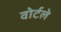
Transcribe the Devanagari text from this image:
वोर्टले